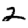
Digit: 2